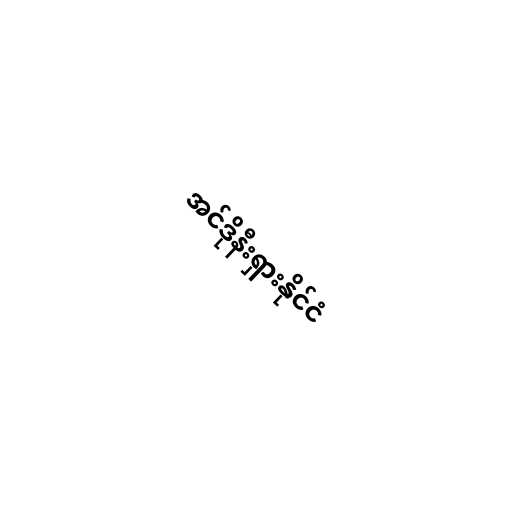
အင်ဒိုနီးရှားနိုင်ငံ